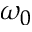
\omega _ { 0 }